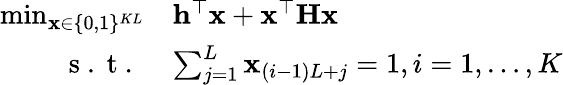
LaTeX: \begin{array}{rl}{\operatorname*{min}_{\mathbf{x}\in\{ 0,1\} ^{KL}}}&{\mathbf{h}^{\top}\mathbf{x}+\mathbf{x}^{\top}\mathbf{H}\mathbf{x}}\\ {\mathrm{~s~.~t~.~}}&{\sum_{j=1}^{L}\mathbf{x}_{(i-1)L+j}=1,i=1,\ldots,K}\end{array}